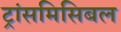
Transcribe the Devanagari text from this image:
ट्रांसमिसिबल